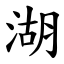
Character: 湖